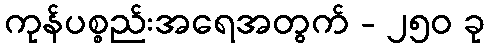
ကုန်ပစ္စည်းအရေအတွက် - ၂၅၀ ခု